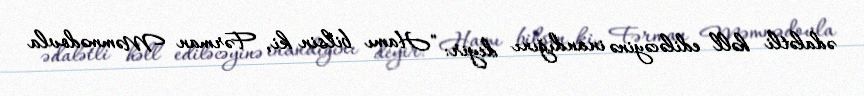
ədalətli həll ediləcəyinə inandığını deyir: "Hamı bilsin ki, Fərman Məmmədovla